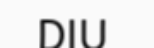
DIU